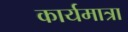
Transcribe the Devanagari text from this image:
कार्यमात्रा